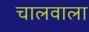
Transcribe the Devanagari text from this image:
चालवाला